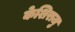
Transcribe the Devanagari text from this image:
केशिराजु